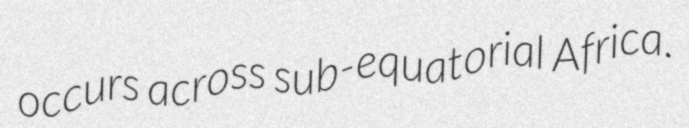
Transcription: occurs across sub-equatorial Africa.